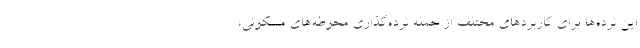
این نرده‌ها برای کاربردهای مختلف از جمله نرده‌گذاری محوطه‌های مسکونی،